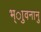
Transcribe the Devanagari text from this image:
भ्ाुवनानु